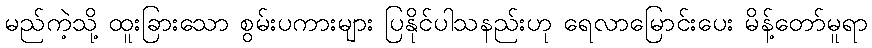
မည်ကဲ့သို့ ထူးခြားသော စွမ်းပကားများ ပြနိုင်ပါသနည်းဟု ရေလာမြောင်းပေး မိန့်တော်မူရာ